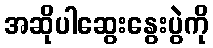
အဆိုပါဆွေးနွေးပွဲကို